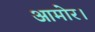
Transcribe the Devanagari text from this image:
आमोर।